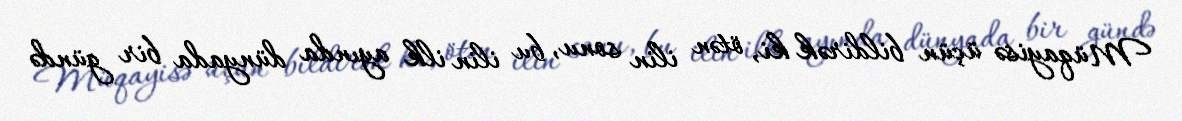
Müqayisə üçün bildirək ki, ötən ilin sonu, bu ilin ilk ayında dünyada bir gündə